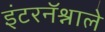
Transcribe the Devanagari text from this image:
इंटरनॅश्नाले